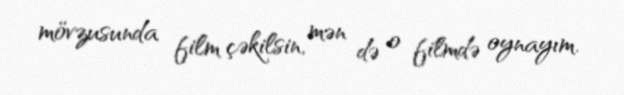
mövzusunda film çəkilsin, mən də o filmdə oynayım.